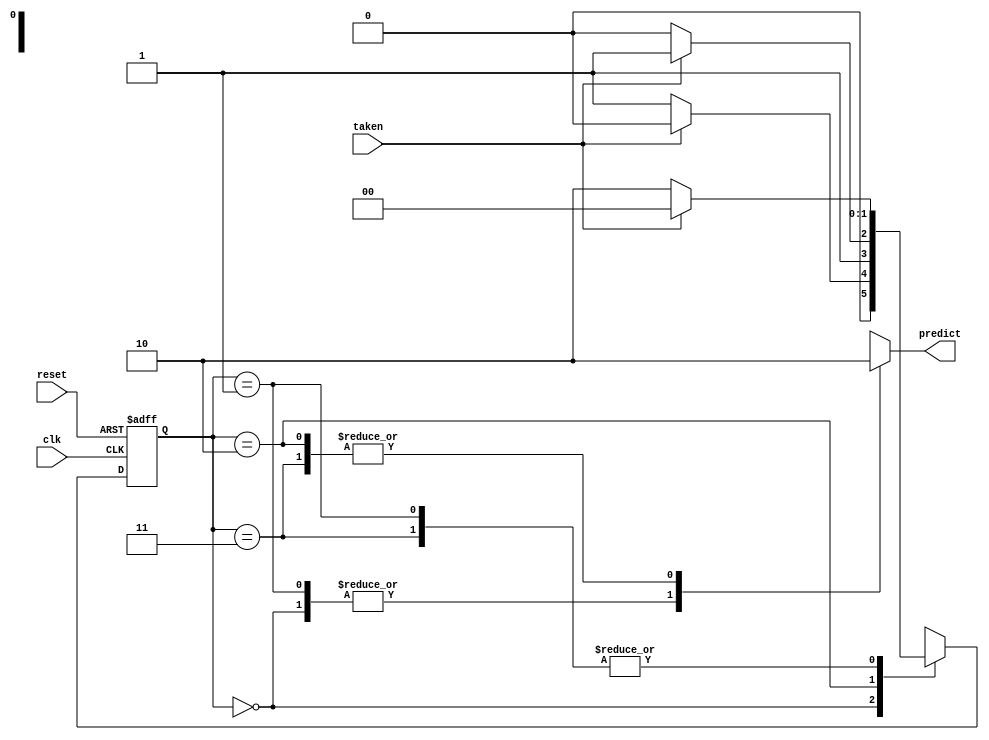
module fsm (clk, reset, taken, predict);
input clk, reset, taken;
output reg predict;

localparam[1:0]s0=2'b00;
localparam[1:0]s1=2'b01;
localparam[1:0]s2=2'b10;
localparam[1:0]s3=2'b11;


reg [1:0] c_state_reg;
reg [1:0] n_state_reg;


always@(posedge clk , posedge reset)
begin
if(reset)
c_state_reg <= s0;
else
c_state_reg <= n_state_reg;
end


always@(c_state_reg , taken )
begin
case(c_state_reg)
			s0:begin predict<=1'b1;
				if(taken)  n_state_reg=s0;
				else       n_state_reg=s1;
	     end
		  	s1:begin predict<=1'b1;
				if(taken)  n_state_reg=s0;
				else       n_state_reg=s2;
	     end
		  	s2:begin predict<=1'b0;
				if(taken)  n_state_reg=s3;
				else       n_state_reg=s2;
	     end
		  	s3:begin predict<=1'b0;
				if(taken)  n_state_reg=s0;
				else       n_state_reg=s2;
	     end
		  
		default:predict<=1'b1;

endcase
  		  
end

endmodule